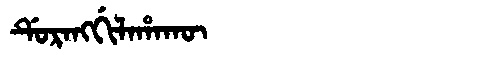
Manchu: ᡩᡠᡵᠠᠩᡤᡳᠯᠠᡥᠠᡴᡡ
Romanization: DURANGGILAHAKŪ